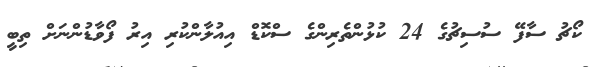
ކޯޗު ސާފޭ ސުސިޗުގެ 24 ކުޅުންތެރިންގެ ސްކޮޑް އިއުލާންކުރި އިރު ފޯވާޑުންނަށް ތިބީ